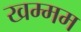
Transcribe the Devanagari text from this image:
खम्‍मम